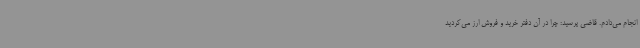
انجام می‌دادم. قاضی پرسید: چرا در آن دفتر خرید و فروش ارز می‌کردید